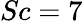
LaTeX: Sc=7